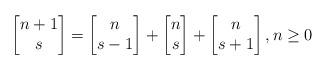
LaTeX: \begin{align*} \begin{bmatrix} n+1 \\ s \end{bmatrix} = \begin{bmatrix} n \\ s-1 \end{bmatrix} + \begin{bmatrix} n \\ s \end{bmatrix} + \begin{bmatrix} n \\ s+1 \end{bmatrix}, n \ge 0\end{align*}